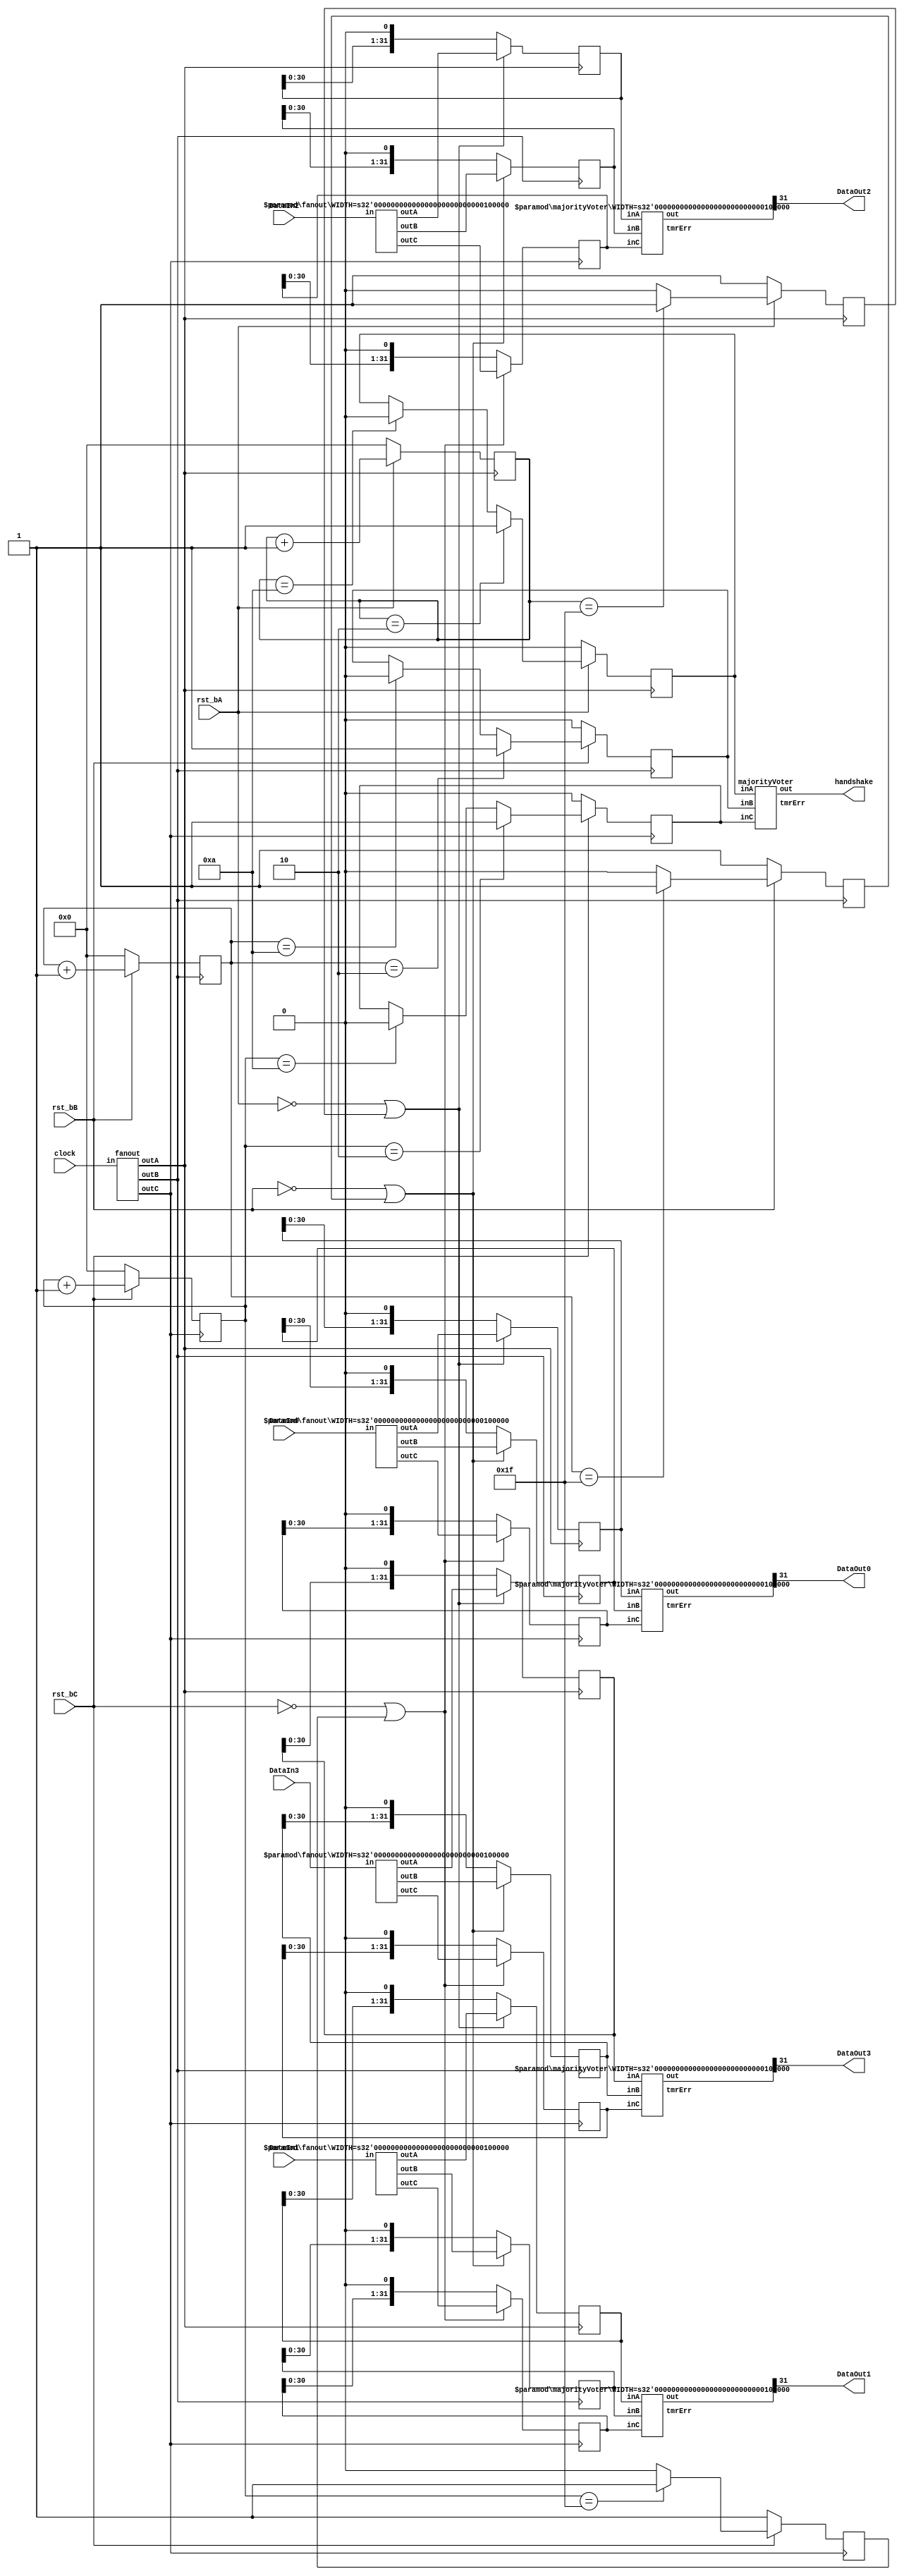
/****************************************************************************************************
 *                          ! THIS FILE WAS AUTO-GENERATED BY TMRG TOOL !                           *
 *                                   ! DO NOT EDIT IT MANUALLY !                                    *
 *                                                                                                  *
 *                                                                                                  *
 * user    : gianni                                                                                 *
 * host    : elt153xl.to.infn.it                                                                    *
 *                                                                                                  *
 * workdir : /export/elt153xl/disk0/users/gianni/projects/LiTE-DTU/v1b/netlist_in                   *
 * cmd     : /export/elt153xl/disk0/users/gianni/projects/LiTE-DTU/tmrg/bin/tmrg --sdc-generate --sdc- *
 *           headers --config LDTUv1b_ser.cfg LDTUv1b_ser.v                                         *
 * tmrg rev: 9a6ee4d64fce05b58c62ee9ecfc4ef5a8551d404                                               *
 *                                                                                                  *
 * src file: LDTUv1b_ser.v                                                                          *
 *           File is NOT under version control!                                                     *
 *           Modification time : 2020-04-23 17:15:41.868382                                         *
 *           File Size         : 1879                                                               *
 *           MD5 hash          : 081e66980afed78487f4d653ed714e38                                   *
 *                                                                                                  *
 ****************************************************************************************************/

`timescale  1ns/1ps
module LDTUv1b_serTMR(
  input  rst_bA,
  input  rst_bB,
  input  rst_bC,
  input  clock,
  input [31:0] DataIn0,
  input [31:0] DataIn1,
  input [31:0] DataIn2,
  input [31:0] DataIn3,
  output  handshake,
  output  DataOut0,
  output  DataOut1,
  output  DataOut2,
  output  DataOut3
);
wire [31:0] DataIn0C;
wire [31:0] DataIn0B;
wire [31:0] DataIn0A;
wire [31:0] DataIn3C;
wire [31:0] DataIn3B;
wire [31:0] DataIn3A;
wire [31:0] DataIn1C;
wire [31:0] DataIn1B;
wire [31:0] DataIn1A;
wire [31:0] DataIn2C;
wire [31:0] DataIn2B;
wire [31:0] DataIn2A;
wire clockC;
wire clockB;
wire clockA;
wor bitShiftReg1TmrError;
wire [31:0] bitShiftReg1;
wor bitShiftReg3TmrError;
wire [31:0] bitShiftReg3;
wor bitShiftReg2TmrError;
wire [31:0] bitShiftReg2;
wor int_hshakeTmrError;
wire int_hshake;
wor bitShiftReg0TmrError;
wire [31:0] bitShiftReg0;
reg  [4:0] pointer_serA;
reg  [4:0] pointer_serB;
reg  [4:0] pointer_serC;
reg  [31:0] bitShiftReg0A;
reg  [31:0] bitShiftReg0B;
reg  [31:0] bitShiftReg0C;
reg  [31:0] bitShiftReg1A;
reg  [31:0] bitShiftReg1B;
reg  [31:0] bitShiftReg1C;
reg  [31:0] bitShiftReg2A;
reg  [31:0] bitShiftReg2B;
reg  [31:0] bitShiftReg2C;
reg  [31:0] bitShiftReg3A;
reg  [31:0] bitShiftReg3B;
reg  [31:0] bitShiftReg3C;
reg  load_serA;
reg  load_serB;
reg  load_serC;
reg  int_hshakeA;
reg  int_hshakeB;
reg  int_hshakeC;

always @( posedge clockA )
  begin
    if (rst_bA==1'b0)
      begin
        pointer_serA <= 5'b0;
      end
    else
      begin
        pointer_serA <= pointer_serA+5'b00001;
      end
  end

always @( posedge clockB )
  begin
    if (rst_bB==1'b0)
      begin
        pointer_serB <= 5'b0;
      end
    else
      begin
        pointer_serB <= pointer_serB+5'b00001;
      end
  end

always @( posedge clockC )
  begin
    if (rst_bC==1'b0)
      begin
        pointer_serC <= 5'b0;
      end
    else
      begin
        pointer_serC <= pointer_serC+5'b00001;
      end
  end

always @( posedge clockA )
  begin
    if (rst_bA==1'b0)
      int_hshakeA <= 1'b0;
    else
      begin
        if (pointer_serA==5'b00010)
          int_hshakeA <= 1'b1;
        else
          if (pointer_serA==5'b01010)
            int_hshakeA <= 1'b0;
      end
  end

always @( posedge clockB )
  begin
    if (rst_bB==1'b0)
      int_hshakeB <= 1'b0;
    else
      begin
        if (pointer_serB==5'b00010)
          int_hshakeB <= 1'b1;
        else
          if (pointer_serB==5'b01010)
            int_hshakeB <= 1'b0;
      end
  end

always @( posedge clockC )
  begin
    if (rst_bC==1'b0)
      int_hshakeC <= 1'b0;
    else
      begin
        if (pointer_serC==5'b00010)
          int_hshakeC <= 1'b1;
        else
          if (pointer_serC==5'b01010)
            int_hshakeC <= 1'b0;
      end
  end
assign handshake =  int_hshake;

always @( posedge clockA )
  begin
    if (rst_bA==1'b0)
      load_serA <= 1'b1;
    else
      begin
        if (pointer_serA==5'b11111)
          load_serA <= 1'b1;
        else
          load_serA <= 1'b0;
      end
  end

always @( posedge clockB )
  begin
    if (rst_bB==1'b0)
      load_serB <= 1'b1;
    else
      begin
        if (pointer_serB==5'b11111)
          load_serB <= 1'b1;
        else
          load_serB <= 1'b0;
      end
  end

always @( posedge clockC )
  begin
    if (rst_bC==1'b0)
      load_serC <= 1'b1;
    else
      begin
        if (pointer_serC==5'b11111)
          load_serC <= 1'b1;
        else
          load_serC <= 1'b0;
      end
  end

always @( posedge clockA )
  begin
    if (rst_bA==1'b0|load_serA==1'b1)
      begin
        bitShiftReg0A <= DataIn0A;
        bitShiftReg1A <= DataIn1A;
        bitShiftReg2A <= DataIn2A;
        bitShiftReg3A <= DataIn3A;
      end
    else
      begin
        bitShiftReg0A <= {bitShiftReg0A[30:0] ,1'b0};
        bitShiftReg1A <= {bitShiftReg1A[30:0] ,1'b0};
        bitShiftReg2A <= {bitShiftReg2A[30:0] ,1'b0};
        bitShiftReg3A <= {bitShiftReg3A[30:0] ,1'b0};
      end
  end

always @( posedge clockB )
  begin
    if (rst_bB==1'b0|load_serB==1'b1)
      begin
        bitShiftReg0B <= DataIn0B;
        bitShiftReg1B <= DataIn1B;
        bitShiftReg2B <= DataIn2B;
        bitShiftReg3B <= DataIn3B;
      end
    else
      begin
        bitShiftReg0B <= {bitShiftReg0B[30:0] ,1'b0};
        bitShiftReg1B <= {bitShiftReg1B[30:0] ,1'b0};
        bitShiftReg2B <= {bitShiftReg2B[30:0] ,1'b0};
        bitShiftReg3B <= {bitShiftReg3B[30:0] ,1'b0};
      end
  end

always @( posedge clockC )
  begin
    if (rst_bC==1'b0|load_serC==1'b1)
      begin
        bitShiftReg0C <= DataIn0C;
        bitShiftReg1C <= DataIn1C;
        bitShiftReg2C <= DataIn2C;
        bitShiftReg3C <= DataIn3C;
      end
    else
      begin
        bitShiftReg0C <= {bitShiftReg0C[30:0] ,1'b0};
        bitShiftReg1C <= {bitShiftReg1C[30:0] ,1'b0};
        bitShiftReg2C <= {bitShiftReg2C[30:0] ,1'b0};
        bitShiftReg3C <= {bitShiftReg3C[30:0] ,1'b0};
      end
  end
assign DataOut0 =  bitShiftReg0[31] ;
assign DataOut1 =  bitShiftReg1[31] ;
assign DataOut2 =  bitShiftReg2[31] ;
assign DataOut3 =  bitShiftReg3[31] ;

majorityVoter #(.WIDTH(32)) bitShiftReg0Voter (
    .inA(bitShiftReg0A),
    .inB(bitShiftReg0B),
    .inC(bitShiftReg0C),
    .out(bitShiftReg0),
    .tmrErr(bitShiftReg0TmrError)
    );

majorityVoter int_hshakeVoter (
    .inA(int_hshakeA),
    .inB(int_hshakeB),
    .inC(int_hshakeC),
    .out(int_hshake),
    .tmrErr(int_hshakeTmrError)
    );

majorityVoter #(.WIDTH(32)) bitShiftReg2Voter (
    .inA(bitShiftReg2A),
    .inB(bitShiftReg2B),
    .inC(bitShiftReg2C),
    .out(bitShiftReg2),
    .tmrErr(bitShiftReg2TmrError)
    );

majorityVoter #(.WIDTH(32)) bitShiftReg3Voter (
    .inA(bitShiftReg3A),
    .inB(bitShiftReg3B),
    .inC(bitShiftReg3C),
    .out(bitShiftReg3),
    .tmrErr(bitShiftReg3TmrError)
    );

majorityVoter #(.WIDTH(32)) bitShiftReg1Voter (
    .inA(bitShiftReg1A),
    .inB(bitShiftReg1B),
    .inC(bitShiftReg1C),
    .out(bitShiftReg1),
    .tmrErr(bitShiftReg1TmrError)
    );

fanout clockFanout (
    .in(clock),
    .outA(clockA),
    .outB(clockB),
    .outC(clockC)
    );

fanout #(.WIDTH(32)) DataIn2Fanout (
    .in(DataIn2),
    .outA(DataIn2A),
    .outB(DataIn2B),
    .outC(DataIn2C)
    );

fanout #(.WIDTH(32)) DataIn1Fanout (
    .in(DataIn1),
    .outA(DataIn1A),
    .outB(DataIn1B),
    .outC(DataIn1C)
    );

fanout #(.WIDTH(32)) DataIn3Fanout (
    .in(DataIn3),
    .outA(DataIn3A),
    .outB(DataIn3B),
    .outC(DataIn3C)
    );

fanout #(.WIDTH(32)) DataIn0Fanout (
    .in(DataIn0),
    .outA(DataIn0A),
    .outB(DataIn0B),
    .outC(DataIn0C)
    );
endmodule



// /export/elt153xl/disk0/users/gianni/projects/LiTE-DTU/tmrg/src/../common/voter.v
module majorityVoter (inA, inB, inC, out, tmrErr);
  parameter WIDTH = 1;
  input   [(WIDTH-1):0]   inA, inB, inC;
  output  [(WIDTH-1):0]   out;
  output                  tmrErr;
  reg                     tmrErr;
  assign out = (inA&inB) | (inA&inC) | (inB&inC);
  always @(inA or inB or inC)
  begin
    if (inA!=inB || inA!=inC || inB!=inC)
      tmrErr = 1;
    else
      tmrErr = 0;
  end
endmodule


// /export/elt153xl/disk0/users/gianni/projects/LiTE-DTU/tmrg/src/../common/fanout.v
module fanout (in, outA, outB, outC);
  parameter WIDTH = 1;
  input   [(WIDTH-1):0]   in;
  output  [(WIDTH-1):0]   outA,outB,outC;
  assign outA=in;
  assign outB=in;
  assign outC=in;
endmodule